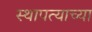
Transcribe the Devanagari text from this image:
स्थापत्याच्या